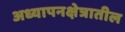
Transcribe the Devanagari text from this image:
अध्यापनक्षेत्रातील